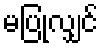
မပြုလျှင်